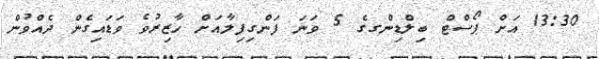
13:30 އަށް ޕޯސްޓް ބިލްޑިންގގެ 5 ވަނަ ފަންގިފިލާއަށް ހާޒިރުވެ ވަޑައިގެން ދެއްވުން